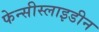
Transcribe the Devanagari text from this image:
फेन्सीस्लाइडीन